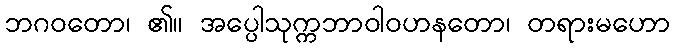
ဘဂဝတော၊ ၏။ အပ္ပေါသုက္ကဘာဝါဝဟနတော၊ တရားမဟော